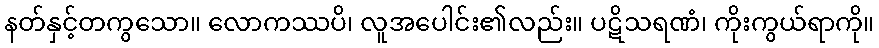
နတ်နှင့်တကွသော။ လောကဿပိ၊ လူအပေါင်း၏လည်း။ ပဋိသရဏံ၊ ကိုးကွယ်ရာကို။